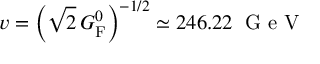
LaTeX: v = \left( { \sqrt { 2 } } \, G _ { \mathrm { { F } } } ^ { 0 } \right) ^ { - 1 / 2 } \simeq 2 4 6 . 2 2 \; { \textrm { G e V } }